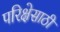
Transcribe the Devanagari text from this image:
परिक्षेसाठी